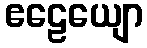
ဧဠေယျော